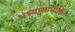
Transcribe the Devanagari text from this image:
अभ्यासाधीष्ठित